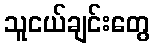
သူငယ်ချင်းတွေ